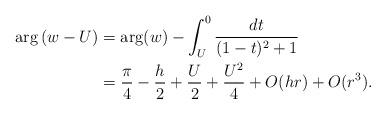
LaTeX: \begin{align*}\arg \left(w-U \right) & = \arg(w) - \int_{U}^0 \frac{dt}{(1-t)^2+1} \\& = \frac{\pi}{4} - \frac{h}{2} + \frac{U}{2} + \frac{U^2}{4} + O(hr)+ O(r^3).\end{align*}